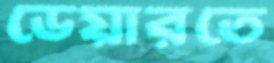
ডেয়ারতে